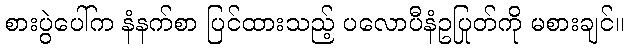
စားပွဲပေါ်က နံနက်စာ ပြင်ထားသည့် ပလောပီနံဥပြုတ်ကို မစားချင်။